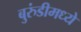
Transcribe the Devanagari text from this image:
बुरुंडीमध्ये